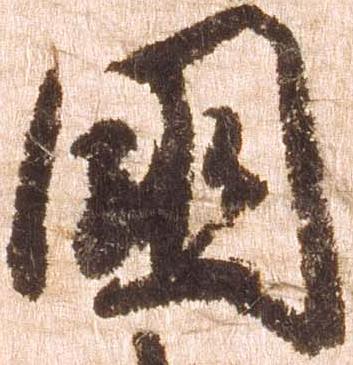
国